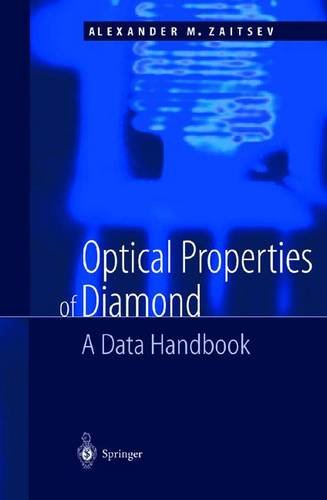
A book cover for Optical Properties of Diamond: A Data Handbook; A.M. Zaitsev; Science & Math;